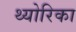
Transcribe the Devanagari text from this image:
थ्योरिका